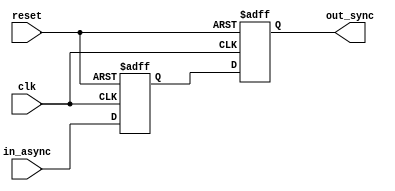
// -------------------------------------------------------
// Copyright (c) 2017 Cadence Design Systems, Inc.
//
// All rights reserved.
//
// Cadence Design Systems Proprietary and Confidential.
// -------------------------------------------------------

module ndff(clk, reset, in_async, out_sync);

input clk, reset, in_async;
output reg out_sync;

reg out_sync_reg;

always @(posedge clk or negedge reset)
begin
    if (reset == 1'b0) begin
        out_sync_reg <= 1'b0;
        out_sync <= 1'b0;
    end 
    else begin
        out_sync_reg <= in_async;
        out_sync <= out_sync_reg;
    end
end

endmodule